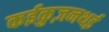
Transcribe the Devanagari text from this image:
कईकुज़नथई